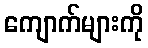
ကျောက်များကို